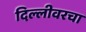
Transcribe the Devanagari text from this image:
दिल्लीवरचा